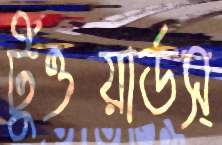
টুওয়ার্ডস্